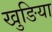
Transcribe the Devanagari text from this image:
खुङिया